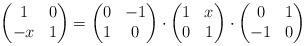
LaTeX: \begin{align*}\left(\begin{matrix} 1&0\\-x&1\end{matrix}\right)=\left(\begin{matrix} 0&-1\\1&0\end{matrix}\right)\cdot\left(\begin{matrix} 1&x\\0&1\end{matrix}\right)\cdot\left(\begin{matrix} 0&1\\-1&0\end{matrix}\right)\end{align*}